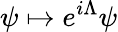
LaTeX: \psi\mapsto e^{i\Lambda}\psi